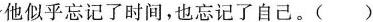
他似乎忘记了时间，也忘记了自己。( )